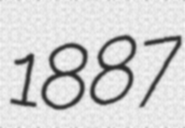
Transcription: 1887